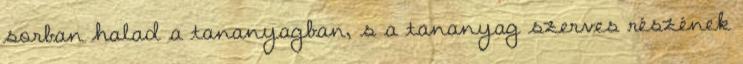
sorban halad a tananyagban, s a tananyag szerves részének